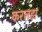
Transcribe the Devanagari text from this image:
करलहा